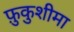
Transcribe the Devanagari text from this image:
फ़ुकुशीमा